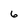
Character: 6